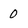
Character: 0